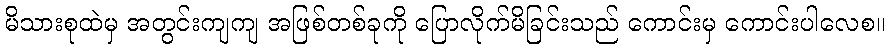
မိသားစုထဲမှ အတွင်းကျကျ အဖြစ်တစ်ခုကို ပြောလိုက်မိခြင်းသည် ကောင်းမှ ကောင်းပါလေစ။